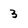
Character: 3